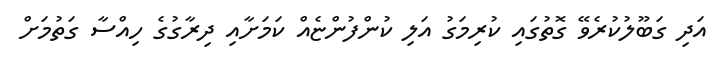
އަދި ގަބޫލުކުރެވޭ ގޮތުގައި ކުރިމަގު އަލި ކުންފުންޏެއް ކަމަށާއި ދިރާގުގެ ހިއްސާ ގަތުމަށް